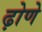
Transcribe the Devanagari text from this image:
ढ़ोणे